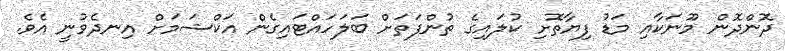
ދޮންދޮން މޫނަކާއި މަޑު ފިޔާތޮށި ކުލައިގެ ތުންފަތަށް ބަލަހައްޓައިގެން އަކްޝަމަށް އިނދެވުނީ އެވެ.